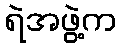
ရဲအဖွဲ့က